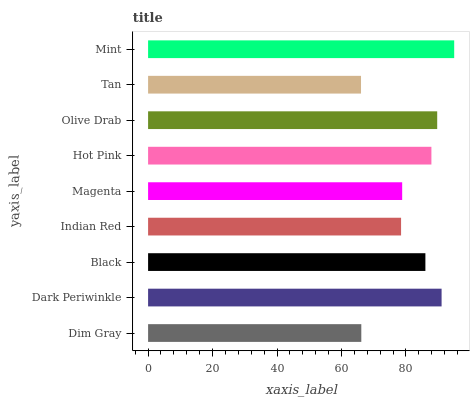
| yaxis_label | bars |
 | --- | --- |
 | Dim Gray | 66.2 |
 | Dark Periwinkle | 91.1 |
 | Black | 86 |
 | Indian Red | 78.5 |
 | Magenta | 78.8 |
 | Hot Pink | 87.9 |
 | Olive Drab | 89.7 |
 | Tan | 66.1 |
 | Mint | 95 |